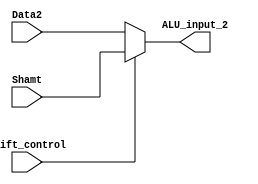
`timescale 1ns / 1ps
module MUX(
    input shift_control,
    input [7:0] Data2,
    input [7:0] Shamt,
    output reg [7:0] ALU_input_2
    );
always@(*)
begin
if(shift_control)
begin
    ALU_input_2 = Shamt;
end
else
begin
    ALU_input_2 = Data2;
end
end
endmodule